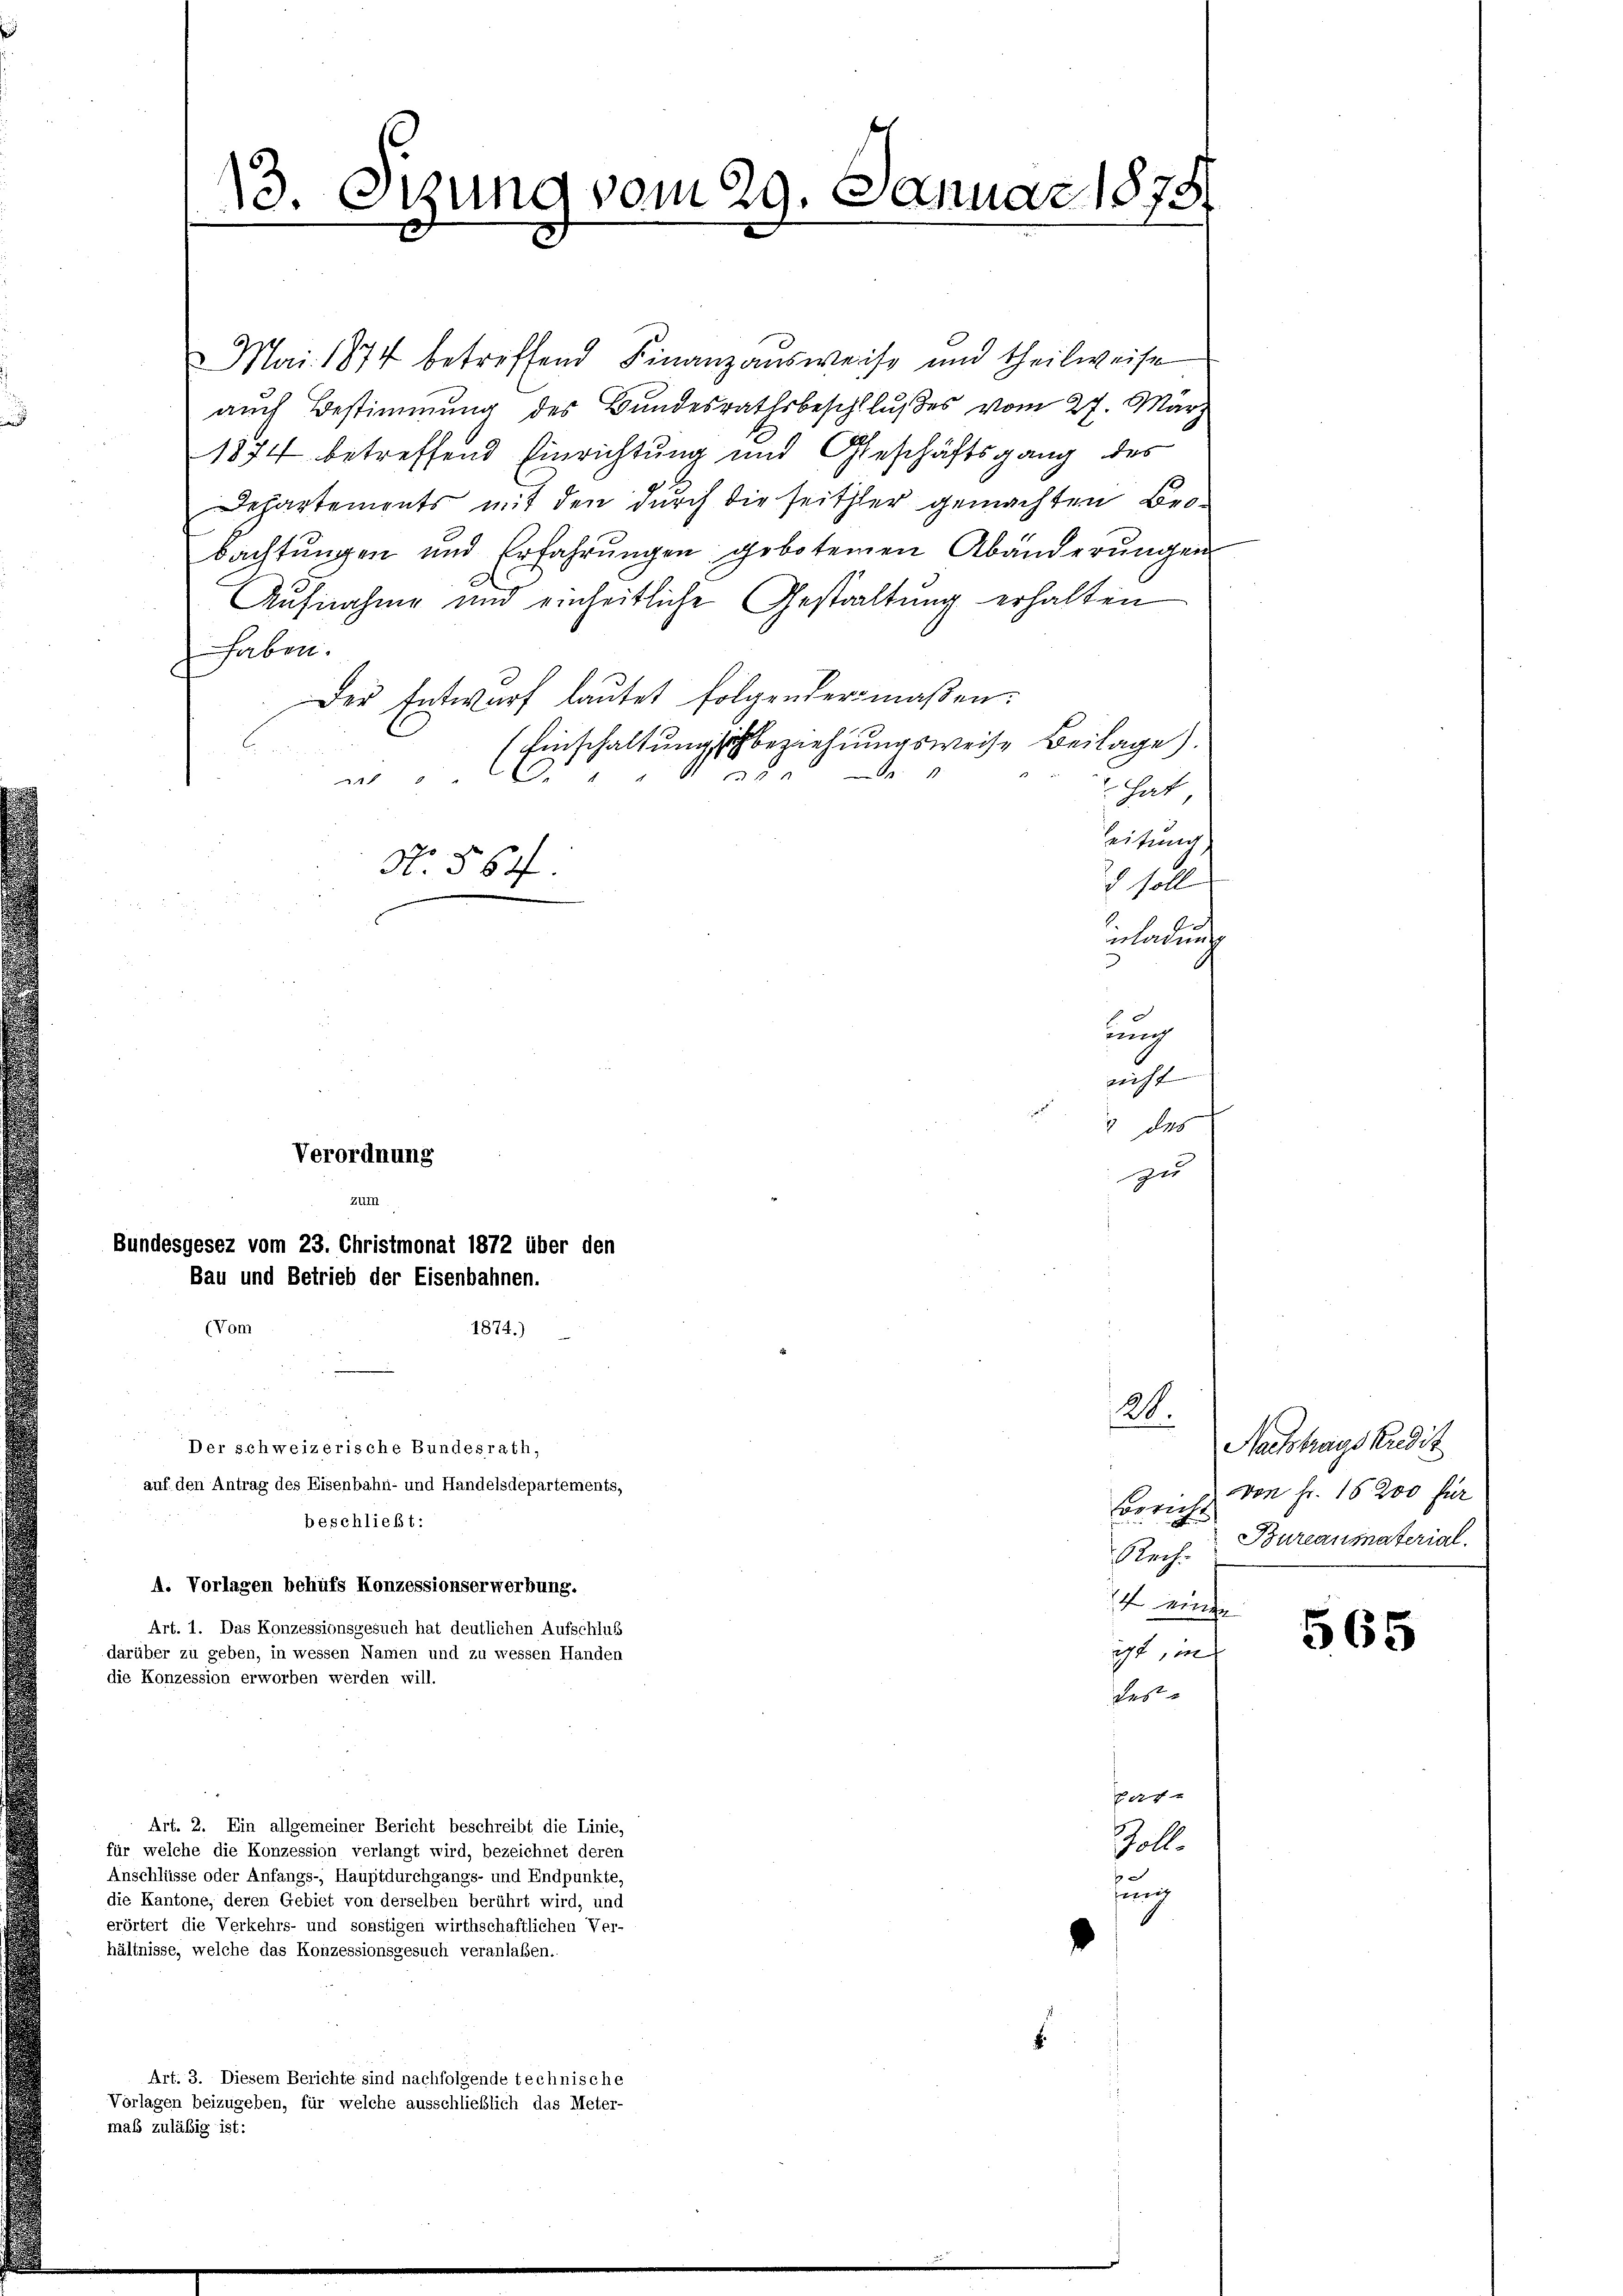
Otzung vom 29. Januar 1878
d

Mai 1874 betreffend Finanzausweise und Theilweise
auch Bestimmung des Bundesrathsbeschlußes vom 27. März
1874 betreffend Einrichtung und Geschäftsgang des
Departements mit den durch die seither gemachten Bebachtungen und Erfahrungen gebotenen Abänderungen
Aufnahme und einheitliche Gestaltung erhalten
haben.
Der Entwurf lautet folgendermaßen.
Einschaltung sich beziehungsweise Beilage).

.
2
.4
1
 hat,
Leitung
N. § 64.
2 soll
 0 x
mladung
3
uung
nicht |
54 des
Verordnung
zu
um

auf den Antrag des Eisenbahn- und Handelsdepartements,
beschließt:
A. Vorlagen behufs Konzessionserwerbung.
Art. 1. Das Konzessionsgesuch hat deutlichen Aufschlus
darüber zu geben, in wessen Namen und zu wessen Handen
die Konzession erworben werden will.
Art. 2. Ein allgemeiner Bericht beschreibt die Linie,
für welche die Konzession verlangt wird, bezeichnet deren
Anschlüsse oder Anfangs-, Hauptdurchgangs- und Endpunkte,
die Kantone, deren Gebiet von derselben berührt wird, und
erörtert die Verkehrs- und sonstigen wirthschaftlichen Ver-
hältnisse, welche das Konzessionsgesuch veranlaßen.
Art. 3. Diesem Berichte sind nachfolgende technische
Vorlagen beizugeben, für welche ausschließlich das Meter-
maß zuläßig ist:

Bundesgesez vom 23. Christmonat 1872 über den
Bau und Betrieb der Eisenbahnen.
(Vom
1874.)

Der schweizerische Bundesrath,

28.
Herreche
Rech
 weite
ist, m
des

af
Golle

i

Nachtragskudit
von Fr. 15200 für
Bureaumaterial.

565